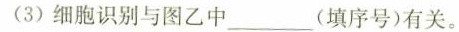
(3)细胞识别与图乙中___(填序号)有关。